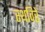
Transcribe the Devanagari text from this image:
स्थविरे